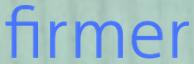
firmer